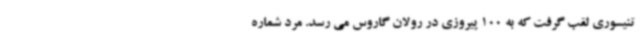
تنیسوری لقب گرفت که به 100 پیروزی در رولان گاروس می رسد. مرد شماره